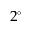
2 ^ { \circ }